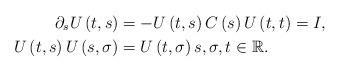
LaTeX: \begin{align*}\partial_{s}U\left( t,s\right) & =-U\left( t,s\right) C\left( s\right)U\left( t,t\right) =I,\\U\left( t,s\right) U\left( s,\sigma\right) & =U\left( t,\sigma\right)s,\sigma,t\in\mathbb{R}.\end{align*}